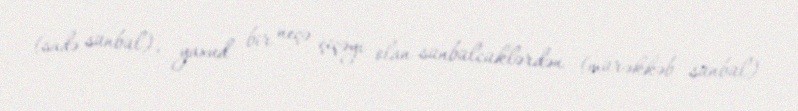
(sadə sünbül), yaxud bir neçə çiçəyi olan sünbülcüklərdən (mürəkkəb sünbül)